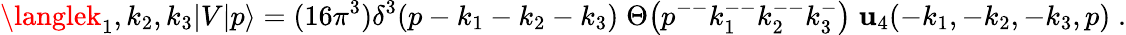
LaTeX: \langlek_{1},k_{2},k_{3}|V|p\rangle=(16\pi^{3})\delta^{3}(p-k_{1}-k_{2}-k_{3})\; \Theta\bigl(p^{--}k_{1}^{--}k_{2}^{--}k_{3}^{-}\bigr)\; \mathbf{u}_{4}(-k_{1},-k_{2},-k_{3},p)\; .